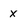
Character: x